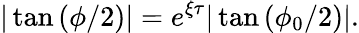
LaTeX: |\tan{(\phi/2)}|=e^{\xi\tau}|\tan{(\phi_{0}/2)}|.